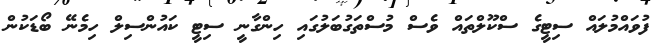
ފުވައްމުލައް ސިޓީގެ ސްކޫލްތައް ވެސް މުސްތަގުބަލުގައި ހިންގާނީ ސިޓީ ކައުންސިލް ހިމެނޭ ބޯޑަކުން